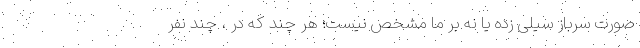
صورت سرباز سیلی زده یا نه بر ما مشخص نیست؛ هر چند که در ، چند نفر